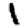
Digit: 1